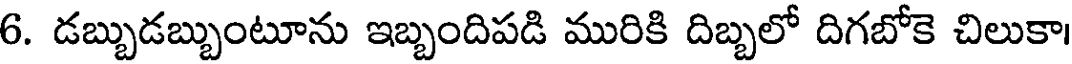
6. డబ్బుడబ్బుంటూను ఇబ్బందిపడి మురికి దిబ్బలో దిగబోకె చిలుకా